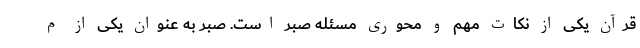
قرآن یکی از نکات مهم و محوری مسئله صبر است. صبر به عنوان یکی از م